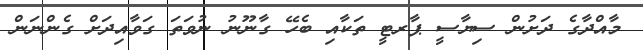
މާއްދާގެ ދަށުން ސިޔާސީ ޕާރޓީ ތަކާއި ބެހޭ ގާނޫނު ނުވަތަ ގަވާއިދަށް ގެންނަން